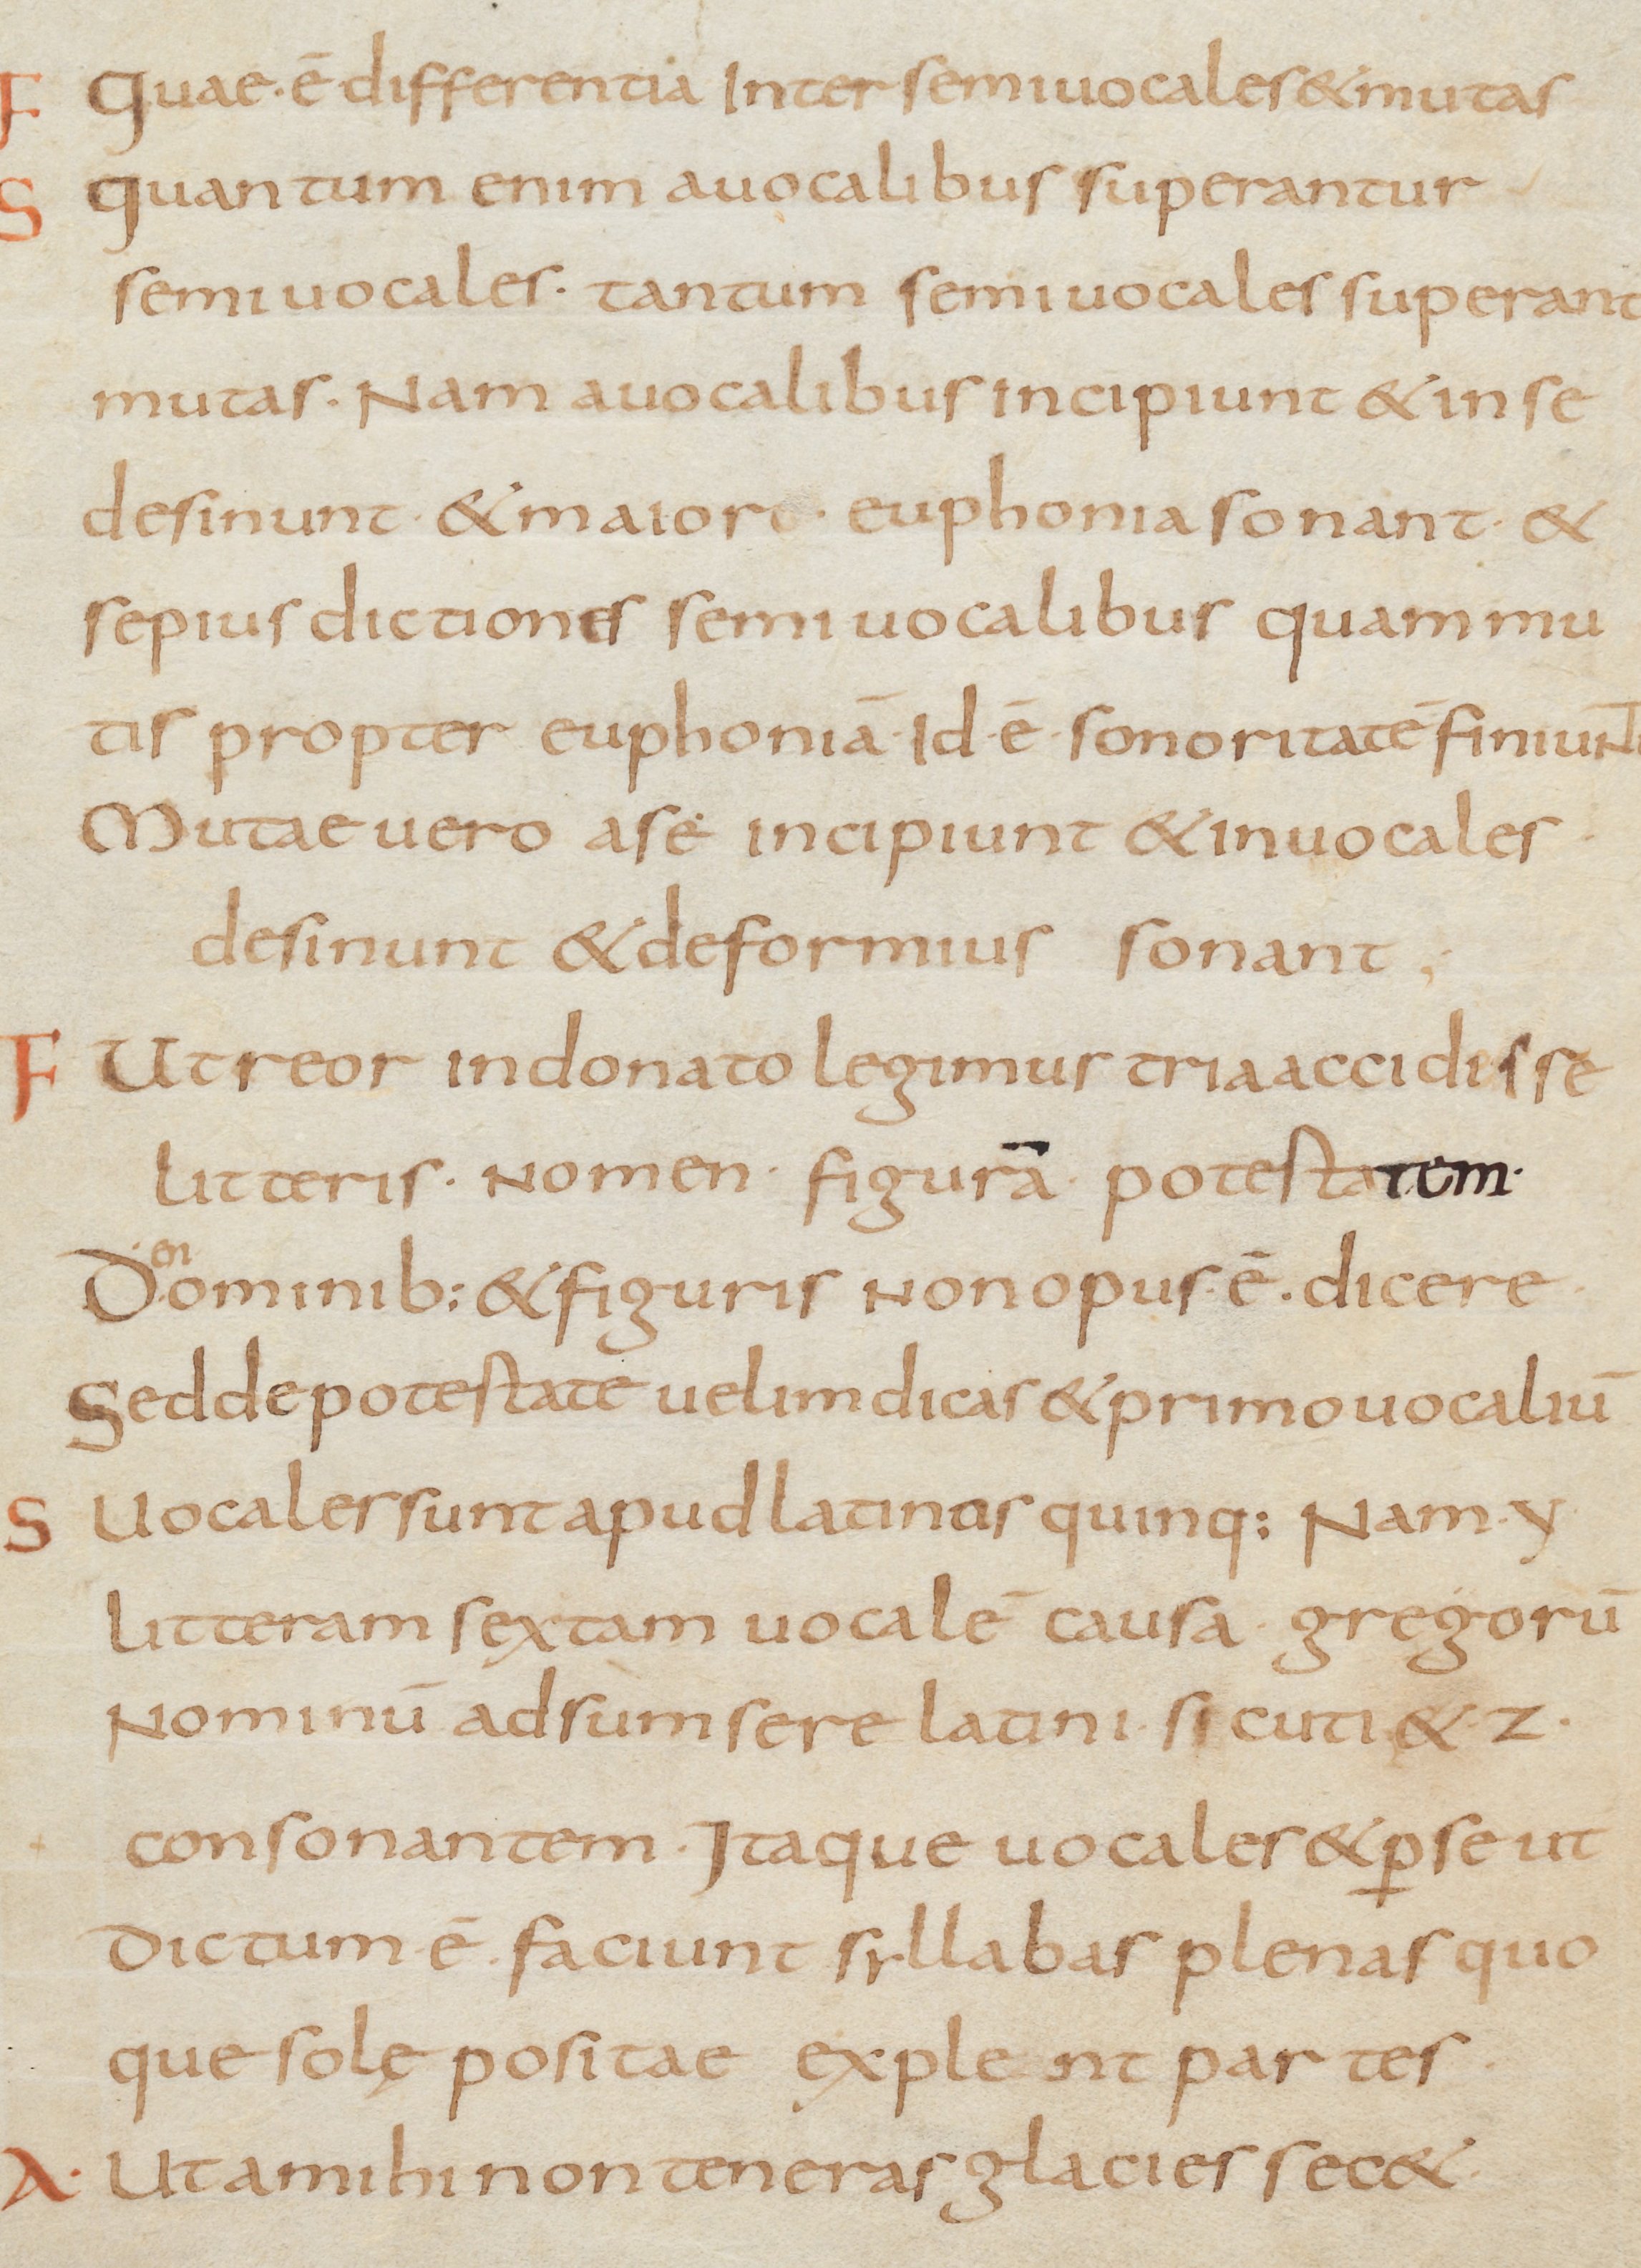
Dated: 800–899